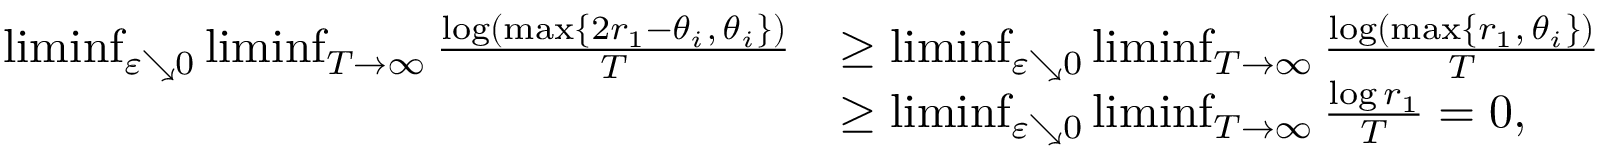
\begin{array} { r l } { \operatorname* { l i m i n f } _ { \varepsilon \searrow 0 } \operatorname* { l i m i n f } _ { T \to \infty } \frac { \log ( \operatorname* { m a x } \{ 2 r _ { 1 } - \theta _ { i } , \, \theta _ { i } \} ) } { T } } & { \geq \operatorname* { l i m i n f } _ { \varepsilon \searrow 0 } \operatorname* { l i m i n f } _ { T \to \infty } \frac { \log ( \operatorname* { m a x } \{ r _ { 1 } , \, \theta _ { i } \} ) } { T } } \\ & { \geq \operatorname* { l i m i n f } _ { \varepsilon \searrow 0 } \operatorname* { l i m i n f } _ { T \to \infty } \frac { \log r _ { 1 } } { T } = 0 , } \end{array}